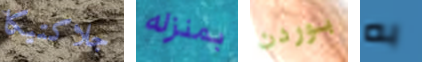
جلاكتيكا بمنزله بوردن به